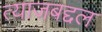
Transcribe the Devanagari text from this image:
त्याजबद्दल